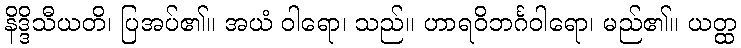
နိဒ္ဒိသီယတိ၊ ပြအပ်၏။ အယံ ဝါရော၊ သည်။ ဟာရဝိဘင်္ဂဝါရော၊ မည်၏။ ယတ္ထ